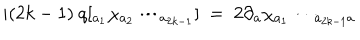
LaTeX: i ( 2 k - 1 ) \ q [ _ { a { _ { 1 } } } \chi _ { a { _ { 2 } } } \cdots _ { a { _ { 2 k - 1 } } } ] \ = \ 2 \partial { _ { a } } \chi _ { a { _ { 1 } } } \cdots _ { a _ { 2 k - 1 } a }